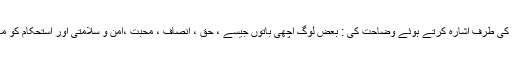
بحرین کے مشہور و معروف عالم دین نے سورہ مبارکہ ابراہیم کی چوبیسویں اور پچیسویں آیت کی طرف اشارہ کرتے ہوئے وضاحت کی : بعض لوگ اچھی باتوں جیسے ، حق ، انصاف ، محبت ،امن و سلامتی اور استحکام کو معاشرے میں نافذ کرتے ہیں اور وہ اس معاشرے کے پاک و پاکیزہ درخت کے مانند جیتے ہیں۔